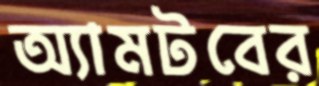
অ্যামটবের